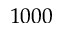
1 0 0 0